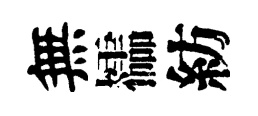
無櫺紡